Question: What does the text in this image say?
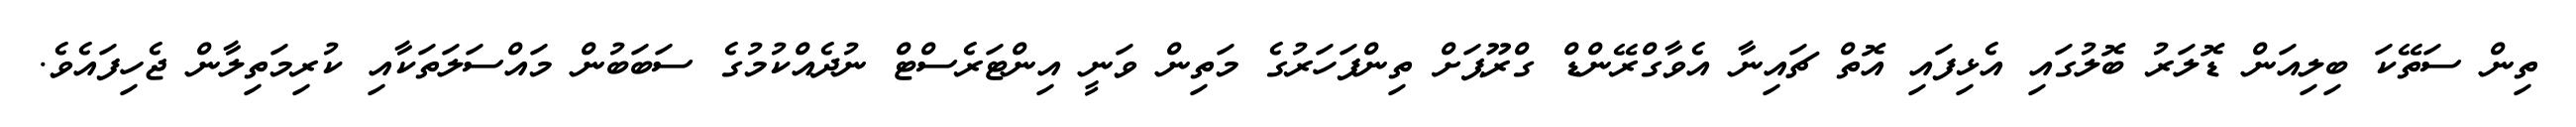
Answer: ތިން ސަތޭކަ ބިލިއަން ޑޮލަރު ބޮލުގައި އެޅިފައި އޮތް ޗައިނާ އެވާގްރޭންޑް ގްރޫޕަށް ތިންފަހަރުގެ މަތިން ވަނީ އިންޓަރެސްޓް ނުދެއްކުމުގެ ސަބަބުން މައްސަލަތަކާއި ކުރިމަތިލާން ޖެހިފައެވެ.